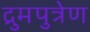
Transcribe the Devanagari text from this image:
द्रुमपुत्रेण